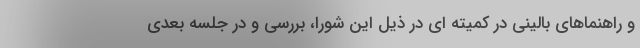
و راهنماهای بالینی در کمیته ای در ذیل این شورا، بررسی و در جلسه بعدی